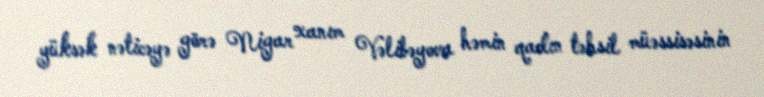
yüksək nəticəyə görə Nigar xanım Vəlibəyova həmin qadın təhsil müəssisəsinin